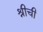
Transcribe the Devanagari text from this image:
श्रीची